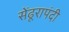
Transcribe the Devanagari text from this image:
सेंढूरापंदी